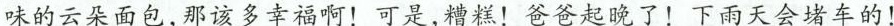
味的云朵面包，那该多幸福啊！可是，糟糕！爸爸起晚了！下雨天会堵车的！